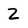
Character: Z